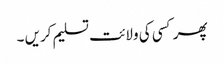
پھر کسی کی ولائت تسلیم کریں ۔